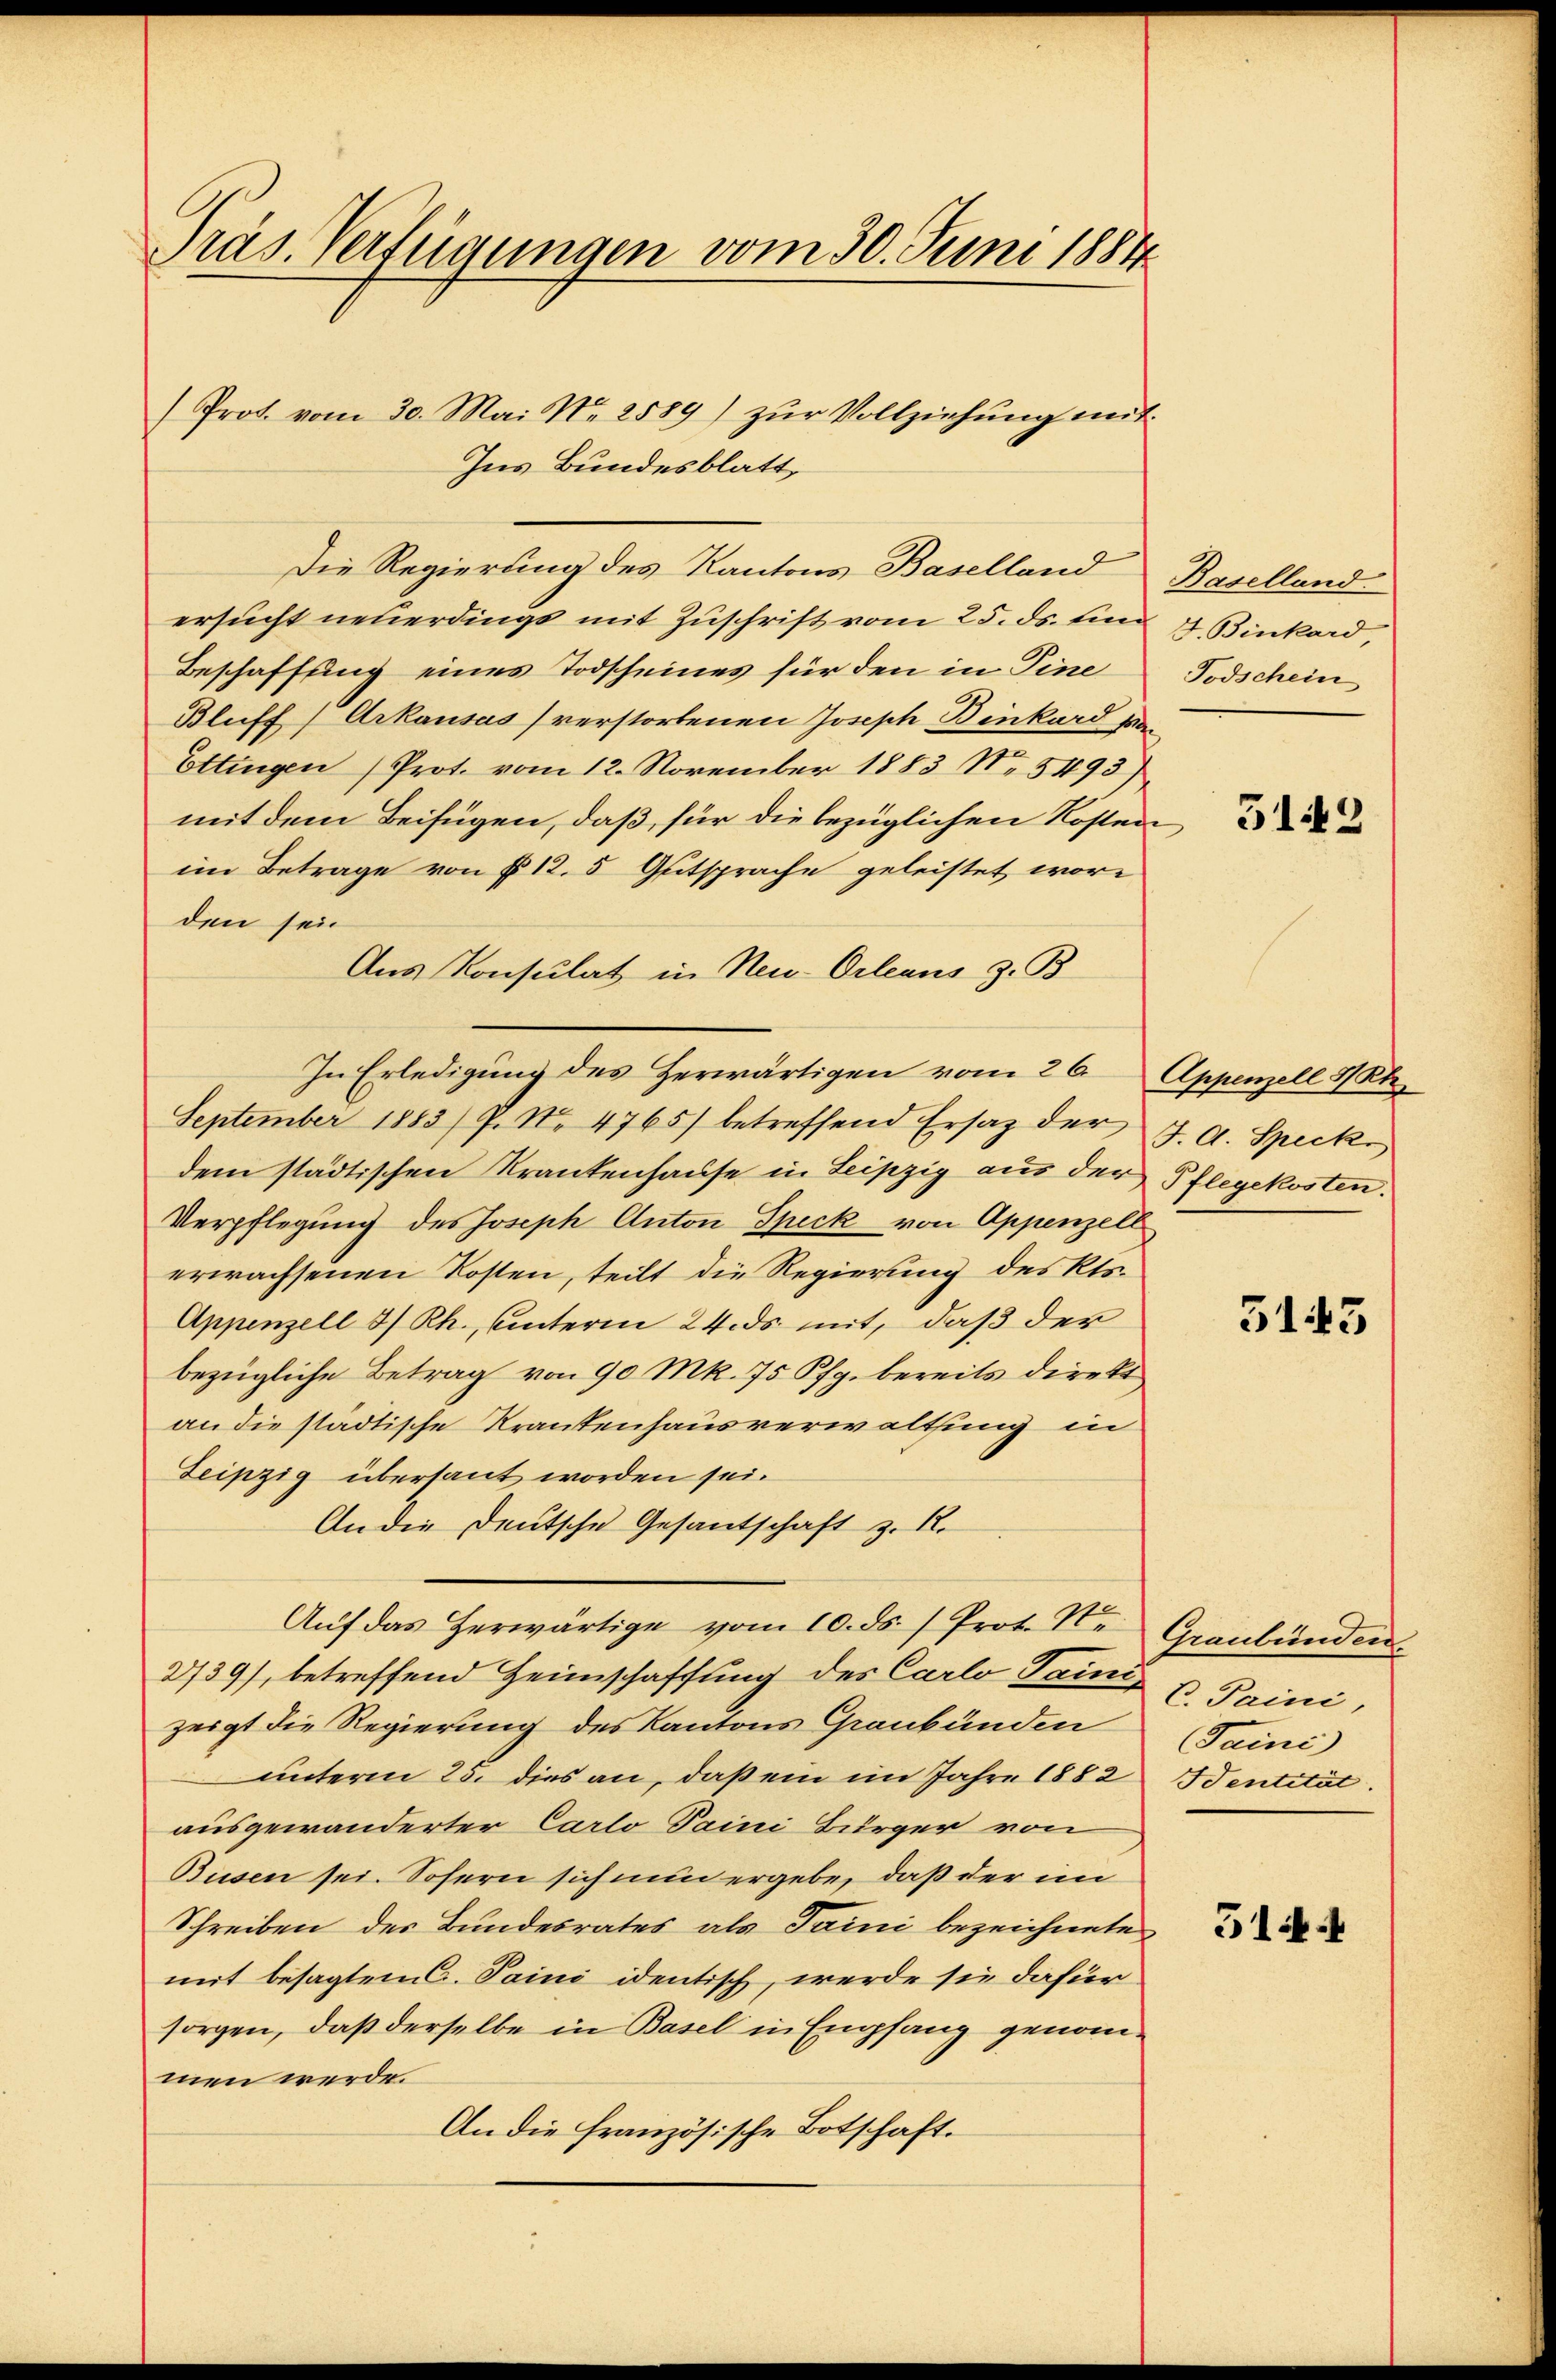
Präs. Verfügungen vom 30. Juni 1884
(Prot. vom 30. Mai No 2589) zŭr Vollziehŭng mit

Ins Bundesblatt,
Die Regierung des Kantons Baselland Baselland

ersucht neuerdings mit Zuschrift vom 25. ds. un
Beschaffung eines Todscheines für den in Pine
Bluff/Arkausas verstorbenen Joseph Binkard pa
Ettingen (Prot. vom 12. November 1883 No 5493)
mit dem Beifügen, daß für die bezüglichen Kosten,
im Betrage von § 125 Gutsprache geleistet worden sein
Aus Konsulat in Neu-Orleans z. B
In Erledigŭng des Herwärtigen vom 26. Appenzell St.
September 1883/ P. Nr. 4765) betreffend Ersatz der
dem städtischen Krankenhause in Leipzig aus der Pflegekosten.
Verpflegung des Joseph Anton Speck von Appenzell
erwachsenen Kosten, teilt die Regierung des Kts.
Appenzell I/Rh., unterm 24. ds mit, daß der
bezügliche Betrag von 90 Mk. 75 Pfg. bereits direkt
an die städtische Krankenhausverwaltung in
Leipzig übersaut worden sei.
An die Deutsche Gesandschaft z. R.
Aŭf das herwärtige vom 10. ds. / Prot. St. Graubünden.
2739), betreffend Heimschaffung des Carlo Tainizeigt die Regierung des Kantons Graubünden
unterm 25. dies an, daß ein im Jahre 1882 Identität
ausgewanderter Carlo Taini Bürger von
Busen sei. Sofern sich nun ergebe, daß der im
Schreiben des Bundesrates als Taini bezeichnete
mit besagtem C. Paini identisch, werde sie dafür
sorgen, daß derselbe in Basel in Empfang genommen werde.
An die französische Botschaft.

F. Binkord
Todschein

5142

J. A. Speck

3145

C. Paini,
Taini

314.4